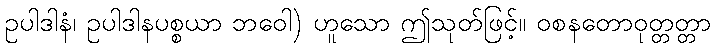
ဥပါဒါနံ၊ ဥပါဒါနပစ္စယာ ဘဝေါ) ဟူသော ဤသုတ်ဖြင့်။ ဝစနတောဝုတ္တတ္တာ